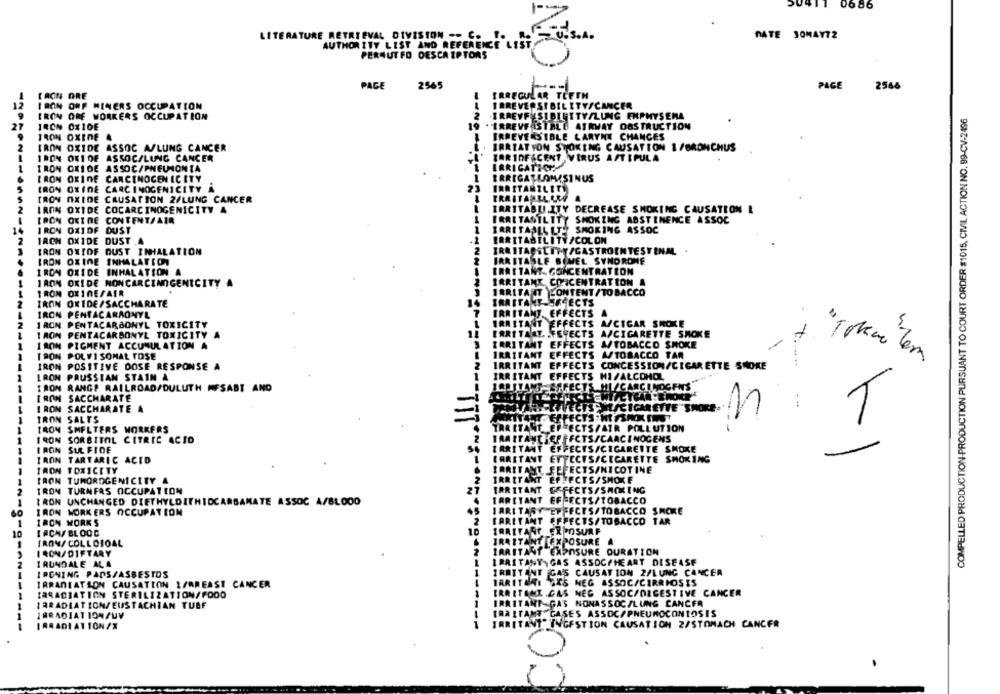
06 86
LITERATURE RETRIEVAL DIVISION -- C. P.
PATE 30MAY72
AUTHORITY LIST AND REFERENCE LIST
PERNUTFD DESCRIPTORS
PAGE
2565
PAGE
2566
IRON ORE
IRREGULAR TEETH
12
IRREVERSIBILETYSCANCER
IRON ORF MINERS OCCUPATION
IRON ORE WORKERS OCCUPATION
·IRREVERSIBINTTY/LUNG EMPHYSEMA
COMPELLED PRODUCTION-PRODUCTION PURSUANT TO COURT ORDER $1015, CIVIL ACTION NO. 99-CV-2496
21
IRON 0x10E
*BAREVFASTBLO ATRMAY OBSTRUCTION
IRON OXIDE &
IRREVERSIBLE LARYNE CHANGES
2
IRON OXIDE ASSOC A/LUNG CANCER
IRRTATION STOKING CAUSATION 1 /BRONCHUS
IRON OXI OF
ASSOC/LUNG CANCER
TARIDF&CENT VIRUS ASTIPULA
IRRIGATION
IRON OXIDE
ASSOC/PNEUMONIA
IRON OXIDE CARCINOGENICITY
IRRIGASKOMISINUS
IRON OXIDE CARCINOGENICITY A
IRRITANTLITE
IRON OXIDE CAUSATION 2/LUNG CANCER
2
IRON OXIDE COCARCINOGENICITY A
IRRITABU.ITY DECREASE SMOKING CAUSATION L
IRON OXIDE CONTENT/AIR
IRRITASTLITY SMOKING ABSTINENCE ASSOC
14
1
IRRITAALL ITS SMOKING ASSOC
IRON OXIDF DUST
2
IRON OXIDE DUST A
-1
IRRITABILITY/COLON
IRON OXIOF DUST INHALATION
TRA ITAÇSLIT /GASTROINTESTINAL. .
IRON OXIDE INHALATION
IRRITABLE BOWEL SYNDROME
IRON OXIDE INHALATION A
IRRITANT. CONCENTRATION
IRON OXIDE NONCARCINOGENICITY A
IRRITANT CONCENTRATION A
IRON OXINESAIR
--------------------
IRRITANT CONTENT/TOBACCO
IRON OXIDE/SACCHARATE
TRASTANE ER ECTS
IRON PENTACARAONYL
IRRITANT. EFFECTS
IRON PENTACARBONYL TOXICITY
IRRITANT EFFECTS A/CIGAR SHOKE
IRRITAAL FERECTS A/CIGARETTE SMOKE
LAON PENTACARBONYL TOXICITY
IRON PIGMENT ACCUMULATION A
IRRITANT EFFECTS A/TOBACCO SMOKE
IRRITANT EFFECTS A/TOBACCO TAR
I PON POLYISOMAL TOSE
IRON POSITIVE DOSE RESPONSE A
IRRITANT EFFECTS CONCESSION/CIGARETTE SMOKE
......
" Tokan Tem
IRON PRUSSIAN STAIN A
IRRITANT EFFECTS HI/ALCOHOL
IRON RANGE RAILROAD/DULUTH HESABI AND
IRRITANT ERFECTS.MI/CARCINOGENS
IRON SACCHARATE
I RON SACCHARATE A
EASYAND EFFECTSCHIMCIGARETTE"SHORE
:
IRON SALTS
T
1
IRON SMELTERS WORKERS
TRAITANT EFFECTS/AIR POLLUTION
RA ITANTHEFFECTS/CARCINOGENS
1
IRON SORBITOL CITRIC ACID
1
IRON SUL FIDE
IRRITANT EFFECTS/CIGARETTE SMOKE
IRRITANT EFFECTS/CECARETTE SMOKING
IRON TARTARIC ACID
TRON TOXICITY
IRRITANT FEFECTS/NICOTINE
IRRITANT EFFECTS/SHOKE
IRON TUMOROGENICITY A
2
IRON TURNERS OCCUPATION
IRRITANT EFFECTS/SMOKING
TARITANT EFFECTS/TOBACCO
1
IRON UNCHANGED DIETHYLDITHIDCARBAMATE ASSOC 4/BLOOD
IRON WORKERS OCCUPATION
IARI TASY EFFECTS/TOBACCO SMOKE
1
SARITANT EFFECTS/TOBACCO TAR
IRON WORKS
10
I ACN/ BLOOD
IRRITANT EXPOSURE
IRON/ COLLOIDAL
TRAITANT EXPOSURE A
IRON/ DIFTARY
IRRITANT EXPOSURE DURATION
IRAITANY GAS ASSOC/HEART DISEASE
2
I RUNDALE ALA
1
IRONING PADS/ASBESTOS
IRRITANT GAS CAUSATION 2/LUNG CANCER
IRRITEAI SES NEG ASSOC/CIRRHOSIS
IRRADIATION CAUSATION I/BREAST CANCER
IRRADIATION STERILIZATION/FOOD
IRRITANT.GAS NEG ASSOC/DIGESTIVE CANCER
LARADIATION/EUSTACHIAN TUBE
1
IRRITANT-GAS NONASSOC/LUNG CANCER
IRRADIATIONSUV
TRAITANT GASES ASSOC/PNEUMOCONIOSIS
1
IRRITANT INGESTION CAUSATION 2/STOMACH CANCER
IRRADIATION /X